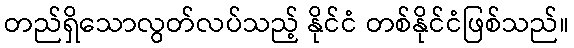
တည်ရှိသောလွတ်လပ်သည့် နိုင်ငံ တစ်နိုင်ငံဖြစ်သည်။